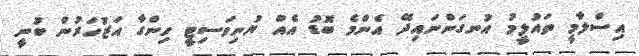
އިސްލާމީ ތައުލީމު އުނގަންނައިދޭ އެންމެ ބޮޑު އެއް ޔުނިވަސިޓީ ހިންގާ އަޒުހަރުން ބުނީ